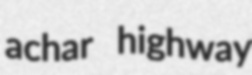
achar highway